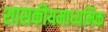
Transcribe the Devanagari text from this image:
शासकीयमाध्यमिक